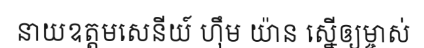
នាយឧត្តមសេនីយ៍ ហ៊ឹម យ៉ាន ស្នើឲ្យម្ចាស់